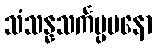
သံသန္နသင်္ကပ္ပမနော